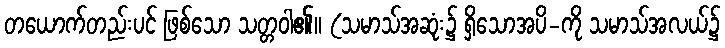
တယောက်တည်းပင် ဖြစ်သော သတ္တဝါ၏။ (သမာသ်အဆုံး၌ ရှိသောအပိ-ကို သမာသ်အလယ်၌